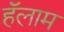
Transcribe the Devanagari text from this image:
हॅलाम